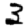
Digit: 3